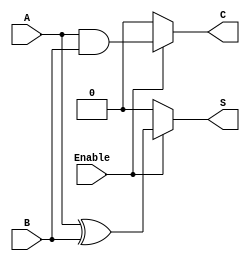
module conditional_half_adder (
    input wire A,       // First single-bit input
    input wire B,       // Second single-bit input
    input wire Enable,  // Control signal
    output reg S,       // Sum output
    output reg C        // Carry output
);

// Always block to implement the conditional behavior
always @(*) begin
    if (Enable) begin
        S = A ^ B;     // Calculate sum using XOR
        C = A & B;     // Calculate carry using AND
    end else begin
        S = 0;         // Set sum to 0 when Enable is low
        C = 0;         // Set carry to 0 when Enable is low
    end
end

endmodule